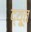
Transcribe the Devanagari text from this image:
द्यू्त